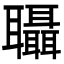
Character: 𮌀